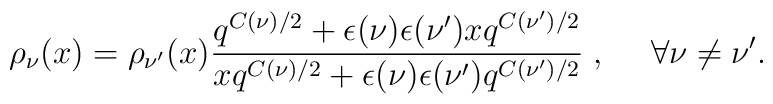
\rho_\nu(x)=\rho_{\nu'}(x)\frac{q^{C(\nu)/2}  + \epsilon(\nu)\epsilon(\nu') xq^{C(\nu')/2} }{xq^{C(\nu)/2}  +\epsilon(\nu)\epsilon(\nu') q^{C(\nu')/2} }\;,~~~~  \forall \nu\neq\nu'.